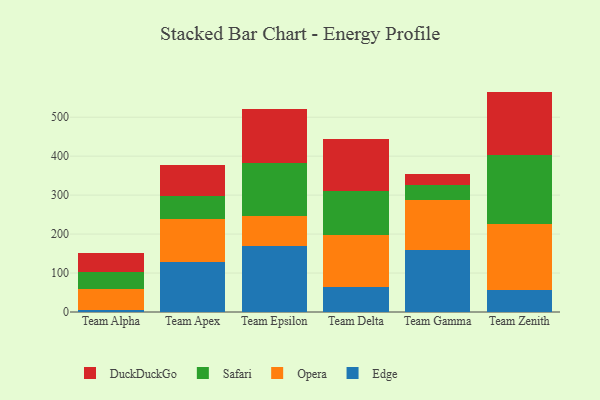
{"axis": {"x": "Team", "y": "Demand Index"}, "legend": ["DuckDuckGo", "Edge", "Opera", "Safari"], "data": [{"x": "Team Alpha", "y": 5.5, "type": "Edge"}, {"x": "Team Alpha", "y": 53.0, "type": "Opera"}, {"x": "Team Alpha", "y": 44.1, "type": "Safari"}, {"x": "Team Alpha", "y": 49.6, "type": "DuckDuckGo"}, {"x": "Team Apex", "y": 127.6, "type": "Edge"}, {"x": "Team Apex", "y": 111.6, "type": "Opera"}, {"x": "Team Apex", "y": 58.3, "type": "Safari"}, {"x": "Team Apex", "y": 78.9, "type": "DuckDuckGo"}, {"x": "Team Epsilon", "y": 169.7, "type": "Edge"}, {"x": "Team Epsilon", "y": 77.4, "type": "Opera"}, {"x": "Team Epsilon", "y": 135.9, "type": "Safari"}, {"x": "Team Epsilon", "y": 137.5, "type": "DuckDuckGo"}, {"x": "Team Delta", "y": 64.5, "type": "Edge"}, {"x": "Team Delta", "y": 134.2, "type": "Opera"}, {"x": "Team Delta", "y": 112.3, "type": "Safari"}, {"x": "Team Delta", "y": 133.6, "type": "DuckDuckGo"}, {"x": "Team Gamma", "y": 158.2, "type": "Edge"}, {"x": "Team Gamma", "y": 128.7, "type": "Opera"}, {"x": "Team Gamma", "y": 39.6, "type": "Safari"}, {"x": "Team Gamma", "y": 29.0, "type": "DuckDuckGo"}, {"x": "Team Zenith", "y": 55.5, "type": "Edge"}, {"x": "Team Zenith", "y": 169.9, "type": "Opera"}, {"x": "Team Zenith", "y": 177.6, "type": "Safari"}, {"x": "Team Zenith", "y": 162.7, "type": "DuckDuckGo"}]}